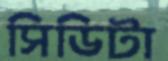
সিডিটা